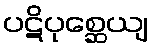
ပဋိပုစ္ဆေယျ